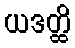
ယဒတ္ထိ